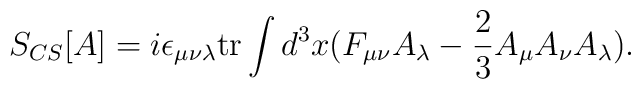
S_{CS}[A] = i \epsilon_{\mu\nu\lambda} {\rm tr} \int d^3x  (   F_{\mu \nu} A_{\lambda} -   \frac{2}{3} A_{\mu}A_{\nu}A_{\lambda}  )  .